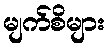
မျက်စိများ